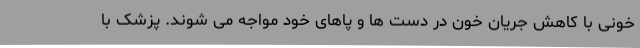
خونی با کاهش جریان خون در دست ها و پاهای خود مواجه می شوند. پزشک با